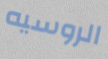
الروسيه